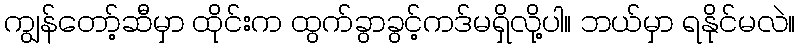
ကျွန်တော့်ဆီမှာ ထိုင်းက ထွက်ခွာခွင့်ကဒ်မရှိလို့ပါ။ ဘယ်မှာ ရနိုင်မလဲ။